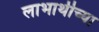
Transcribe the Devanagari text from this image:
लाभार्थीच्या